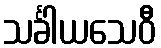
သင်္ခါယသေဝီ